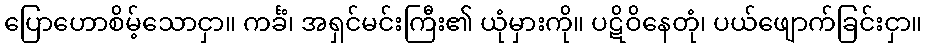
ပြောဟောစိမ့်သောငှာ။ ကင်္ခံ၊ အရှင်မင်းကြီး၏ ယုံမှားကို။ ပဋိဝိနေတုံ၊ ပယ်ဖျောက်ခြင်းငှာ။